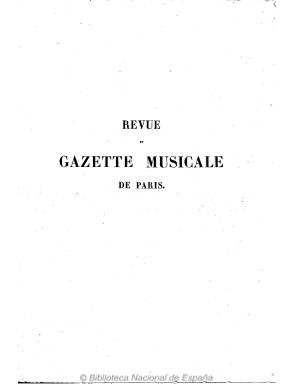
Título: Revue et gazette musicale de Paris
Otros títulos: Gazette musicale
Colección: Música
Ámbito geográfico: Francia
Lugar de publicación: Paris
Fechas: 03/01/1847-26/12/1847

Una de las más importantes revistas musicales del siglo XIX, publicada en París, considerada como la capital cultural y musical de Europa. Este título es fruto de la fusión de la primera publicación francesa exclusivamente musical -Revue musicale (1827-1835)- y Gazette musicale de Paris (1834-1835). La primera había sido fundada por el belga François Joseph Fétis (1784-1871), musicólogo, profesor, compositor y uno de los críticos más influyentes del siglo diecinueve, y prácticamente su único redactor, que marcó gustos y tendencias musicales; y la segunda, por Maurice Schlesinger (1798-1871), el editor musical de origen alemán conocido por haber inspirado el personaje de Jacques Arnoux en la novela La educación sentimental, de Gustave Flaubert.

Aunque el semanario de Fétis continuó publicándose hasta el 27 de diciembre de 1835, la primera entrega de Revue et gazette musicale de Paris aparece el uno de noviembre de ese año, siguiendo la numeración de la publicación de Schlesinger, a quien Fétis le vende su publicación, ”cansado de la inconstancia de los lectores”. Por su parte, el editor alemán acabaría, el 18 de enero de 1846, vendiendo su parte de la revista a su empleado Louis-Lazare Brandus (1816-1887) y a Pierre-Charles-Ernest Deschamps d’Hanneucourt.

La revista publica artículos de historia, teoría, pedagogía, metodología, técnica, análisis e investigación, y de literatura y crítica musical; da cuenta de las actividades (concursos y premios) de asociaciones y círculos, sociedades filarmónicas y academias, como la Royale de Musique, y de conciertos en festivales y teatros, como es el caso de la Ópera Nacional de París, la más brillante de Europa, o el londinense Covent Garden; informa y da biografías de cantantes y compositores, y de sus obras, así como sobre la fabricación de instrumentos; ofrece también noticias de actualidad y crónicas nacionales y correspondencias extranjeras (de Berlín, Florencia, Milán, Viena, Madrid, San Petesburgo o América del Norte), contando con corresponsales propios. Entres sus secciones se encuentra la titulada Nouvelles, y al final, inserta anuncios publicitarios relacionados con la industria y las publicaciones y los acontecimientos musicales.

La colección de este título en la Biblioteca Nacional de España corresponde sólo a los 52 números editados semanalmente (aparecía los domingos) en 1847, indicando décimo cuarto año de edición, es decir, siguiendo la secuencia de la revista de Schlesinger, convertido ya en el periódico musical más antiguo de Francia. Sus entregas son de ocho páginas, compuestas a dos columnas, siendo su director-gerente D. d’Hanneucourt. Entre sus principales redactores, se encuentran H. Berlioz, Henri Blanchard, Maurice Bourges, F. Danjou, Fétis (pére), Édouard Fétis, Alessandro Cagliardi, Kastner, Adrien de la Fage, Jules Lecomte y Paul Smith, aunque en su cuadro de redacción aparecen también G.E. Anders, F. Renois, E. Deschamps, F. Liszt, George Sand, Maurice Schlesinger o Marx (de Berlín), entre otros. La última entrega del año contiene, al final, unas tablas alfabéticas de materias y nombres.

La colección completa de este título consta de 47 volúmenes anuales y los suplementos Album de chant (1842-1843), Album de piano (1848-1859) y Album de danses (1848-1867). Estuvo publicándose hasta el 31 de diciembre de 1880. Bibliografía de referencia de esta revista son los estudios de H. Robert Cohen (1983), Katharine Ellis (1995 y 2007) y Doris Pyee-Cohen y Diane Cluotier (1999).